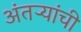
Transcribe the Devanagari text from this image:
अंतऱ्यांची